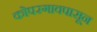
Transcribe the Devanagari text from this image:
कोपरगावपासून